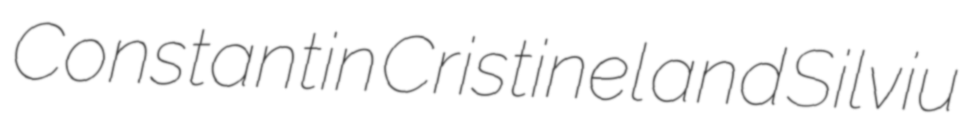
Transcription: Constantin Cristinel and Silviu